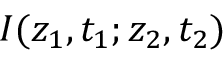
I ( z _ { 1 } , t _ { 1 } ; z _ { 2 } , t _ { 2 } )